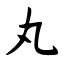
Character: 丸